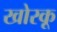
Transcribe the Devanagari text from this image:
खोरकू